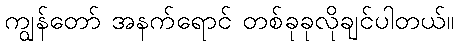
ကျွန်တော် အနက်ရောင် တစ်ခုခုလိုချင်ပါတယ်။